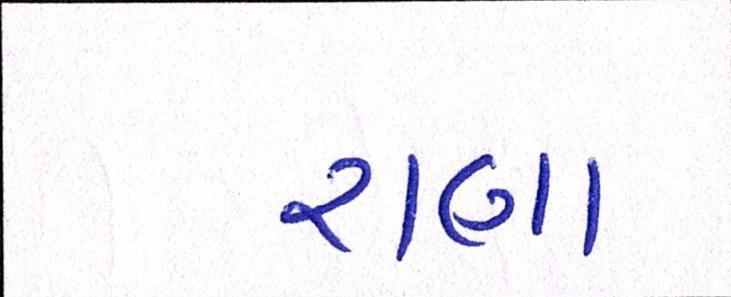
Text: રાણા